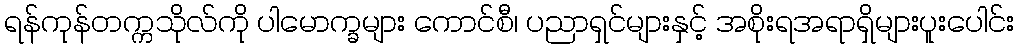
ရန်ကုန်တက္ကသိုလ်ကို ပါမောက္ခများ ကောင်စီ၊ ပညာရှင်များနှင့် အစိုးရအရာရှိများပူးပေါင်း